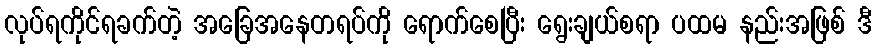
လုပ်ရကိုင်ရခက်တဲ့ အခြေအနေတရပ်ကို ရောက်စေပြီး ရွေးချယ်စရာ ပထမ နည်းအဖြစ် ဒီ